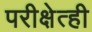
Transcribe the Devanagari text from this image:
परीक्षेत्ही